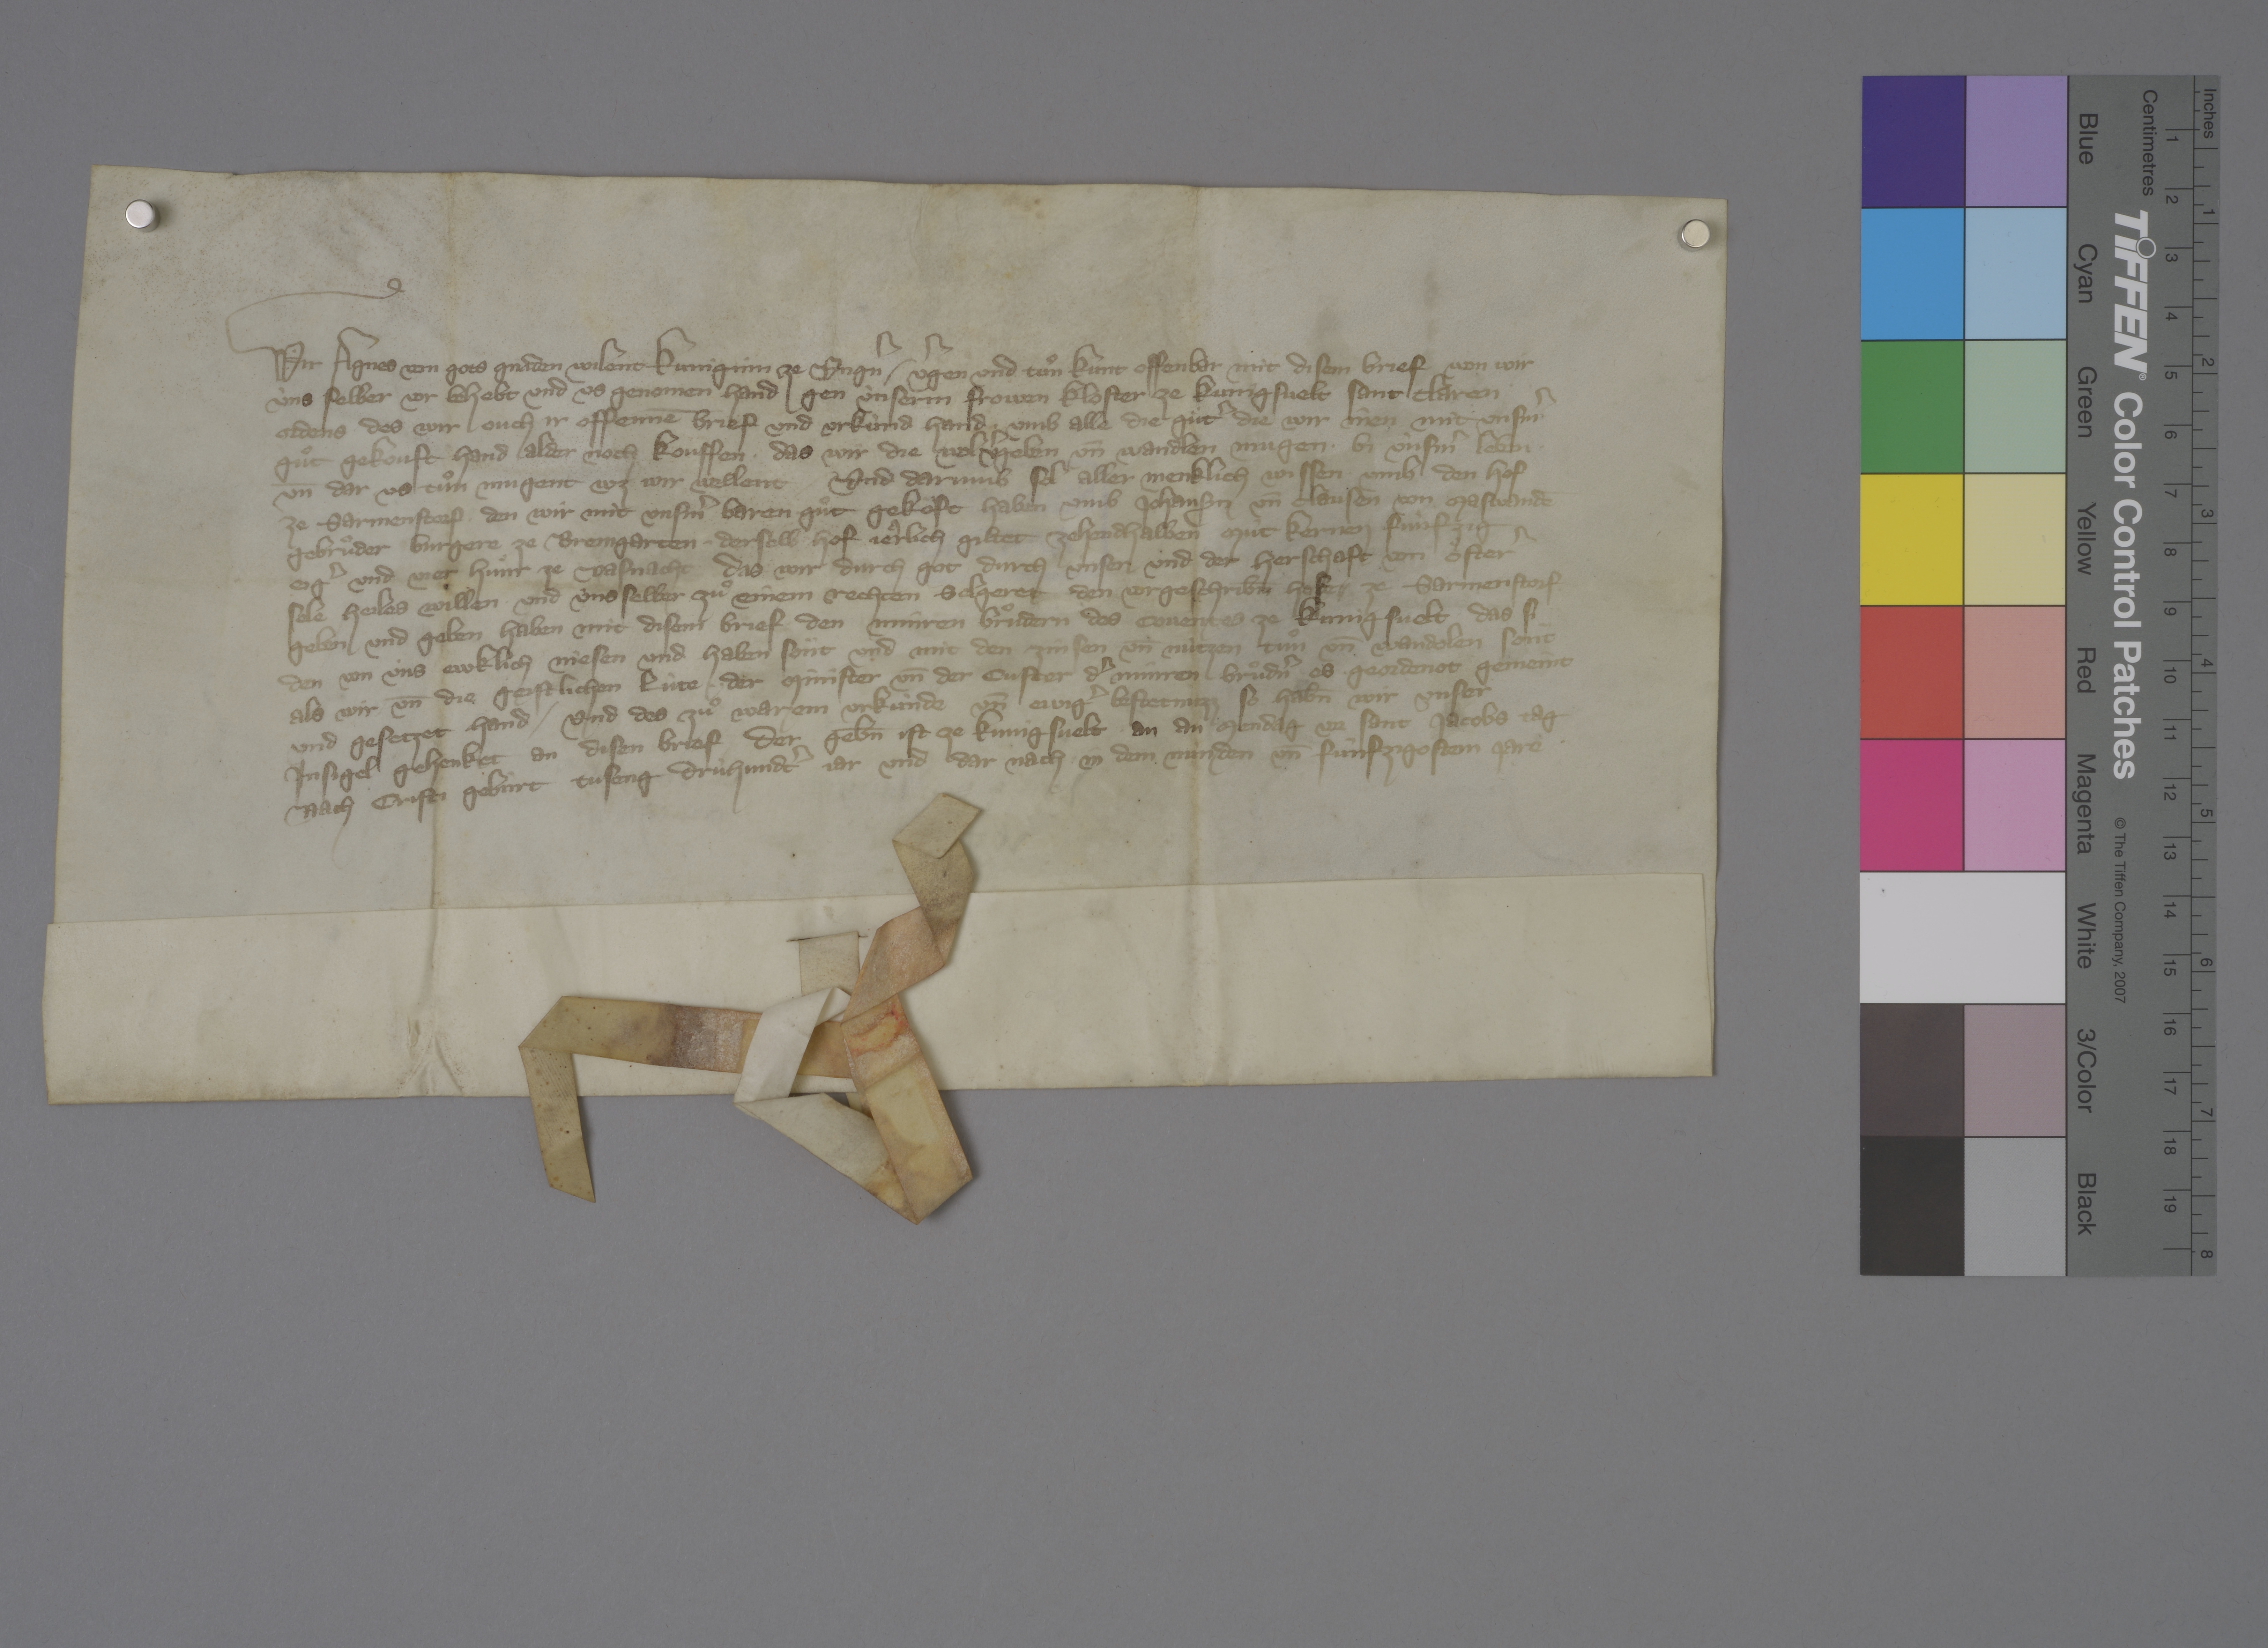
Transcription:
Wir, Agnes, von gots gnaden wilent kuniginn ze Ungˀn, ✳ vˀgen und tuͦn kunt offenbar mit disem brief, won wir
ùns selber vor behebt und us genomen hand gen ùnserm frowen kloster ze Kùngisvelt, Sant Claren
ordens, des wir ouch ir offennē brief und urkùnd hand, ✳ umb alle die guͤtˀ, die wir inen mit unsˀm
guͦt gekouft hand alder noch kouffen, ✳ das wir die wol vˀgeben un̄ wandlen mugen bi ùnsˀm leben
un̄ dar us tuͦn mugent, wz wir wellent. ✳ und darumb sol aller menklich wissen umb den hof
ze Sarmenstorf, den wir mit unsˀm baren guͦt gekoͧft haben umb Johansen un̄ Clausen von Maswandē,
gebruͦder, burgere ze Bremgarten, ✳ derselb hof jeͣrlich giltet zehendhalben mùt kernen, fùnfzig
eigˀ und vier huͤnr ze vasnacht, das wir durch got, durch unser und der herschaft von Oͤsterˀ
sele heiles willen, und uns selber zuͦ einem rechten selgeret den vorgeschrib̄n hofe ✳ ze Sarmenstorf
geben und geben haben mit disem brief ✳ den Minren Bruͦdern des coventes ze Kunigsvelt, ✳ das si
den von uns ewklich niesen und haben soͤnt und mit den zinsen un̄ nùtzen tuͦn un̄ wandolen sont,
als wir ✳ un̄ die geistlichen lùte, ✳ ✳ der minister un̄ der custer dˀ Minren Bruͦdˀn, es geordenot, gemeint
und gesetztet hand. ✳ und des zuͦ warem urkùnde un̄ ewigˀ bestetnuzz, so hab̄n wir unser
insigel gehenket an disen brief, der geb̄n ist ze Kunigsvelt ✳ an an mendag vor sant Jacobs tag,
nach Cristi gebùrt tuseng drùhundtˀ jar und dar nach in dem nùnden un̄ fùnfzigostem jare. ✳